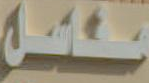
محاسل